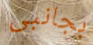
بجانبى